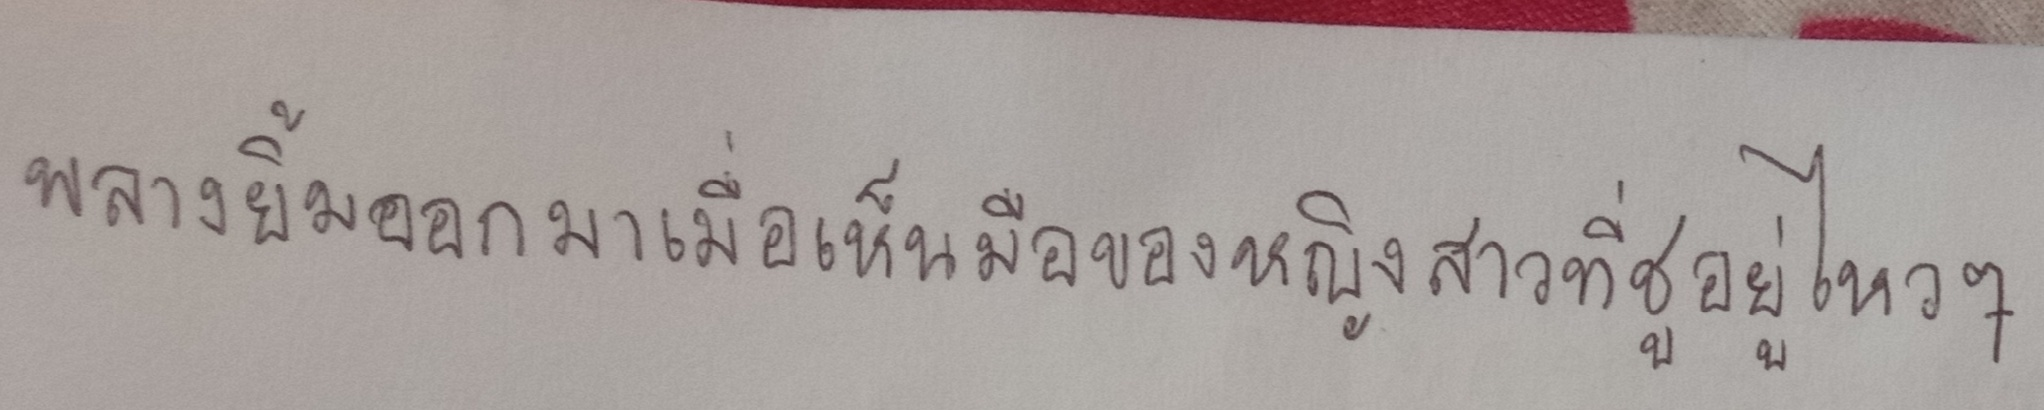
พลางยิ้มออกมาเมื่อเห็นมือของหญิงสาวที่ชูอยู่ไหวๆ